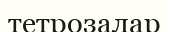
тетрозалар